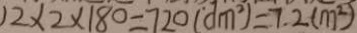
1 2 \times 2 \times 1 8 0 = 7 2 0 ( d m ^ { 2 } ) = 7 . 2 ( m ^ { 2 } )